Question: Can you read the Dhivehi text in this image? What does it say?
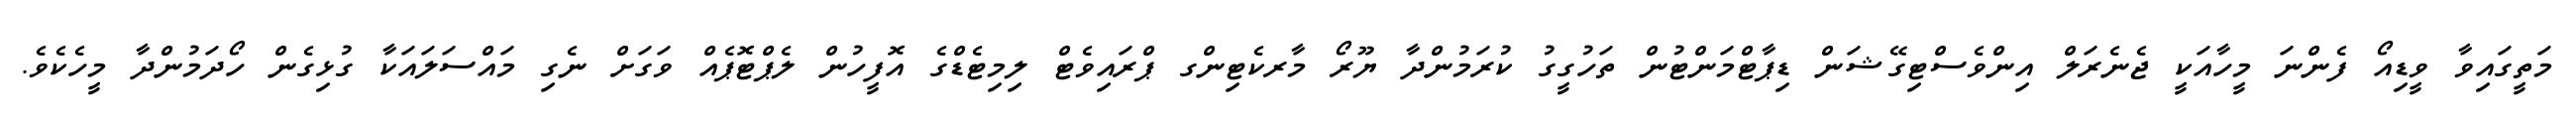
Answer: މަތީގައިވާ ވީޑިއޯ ފެންނަ މީހާއަކީ ޖެނެރަލް އިންވެސްޓިގޭޝަން ޑިޕާޓްމަންޓުން ތަހުގީގު ކުރަމުންދާ ޔޫރޯ މާރކެޓިންގ ޕްރައިވެޓް ލިމިޓެޑްގެ އޮފީހުން ލެޕްޓޮޕެއް ވަގަށް ނެގި މައްސަލައަކާ ގުޅިގެން ހޯދަމުންދާ މީހެކެވެ.